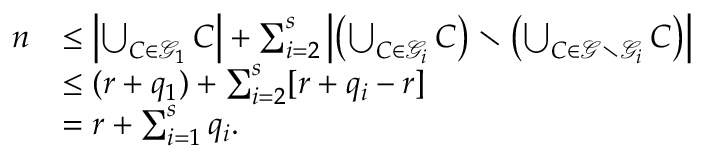
\begin{array} { r l } { n } & { \leq \left| \bigcup _ { C \in \mathcal { G } _ { 1 } } C \right| + \sum _ { i = 2 } ^ { s } \left| \left( \bigcup _ { C \in \mathcal { G } _ { i } } C \right) \setminus \left( \bigcup _ { C \in \mathcal { G } \setminus \mathcal { G } _ { i } } C \right) \right| } \\ { } & { \leq ( r + q _ { 1 } ) + \sum _ { i = 2 } ^ { s } [ r + q _ { i } - r ] } \\ { } & { = r + \sum _ { i = 1 } ^ { s } q _ { i } . } \end{array}